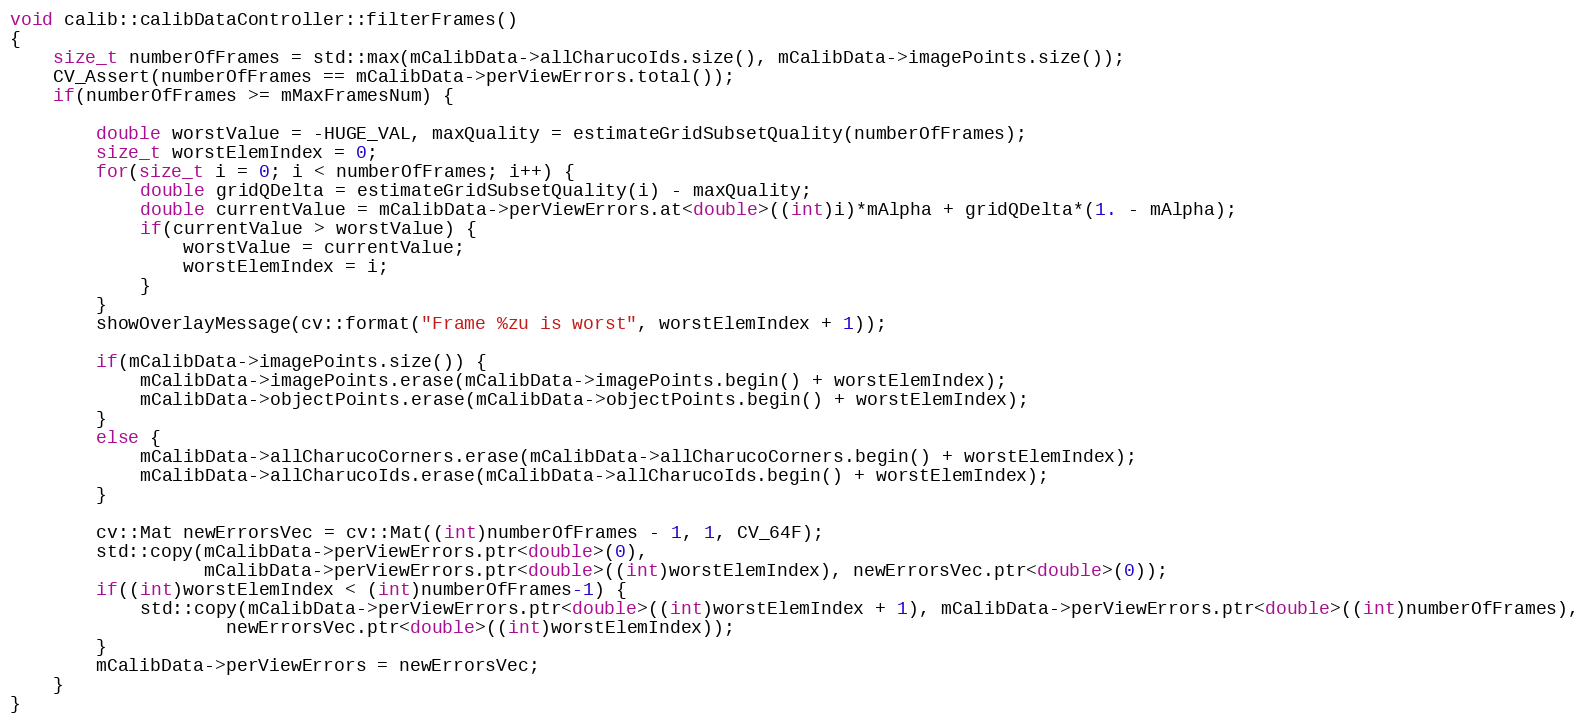
Language: C++
void calib::calibDataController::filterFrames()
{
    size_t numberOfFrames = std::max(mCalibData->allCharucoIds.size(), mCalibData->imagePoints.size());
    CV_Assert(numberOfFrames == mCalibData->perViewErrors.total());
    if(numberOfFrames >= mMaxFramesNum) {

        double worstValue = -HUGE_VAL, maxQuality = estimateGridSubsetQuality(numberOfFrames);
        size_t worstElemIndex = 0;
        for(size_t i = 0; i < numberOfFrames; i++) {
            double gridQDelta = estimateGridSubsetQuality(i) - maxQuality;
            double currentValue = mCalibData->perViewErrors.at<double>((int)i)*mAlpha + gridQDelta*(1. - mAlpha);
            if(currentValue > worstValue) {
                worstValue = currentValue;
                worstElemIndex = i;
            }
        }
        showOverlayMessage(cv::format("Frame %zu is worst", worstElemIndex + 1));

        if(mCalibData->imagePoints.size()) {
            mCalibData->imagePoints.erase(mCalibData->imagePoints.begin() + worstElemIndex);
            mCalibData->objectPoints.erase(mCalibData->objectPoints.begin() + worstElemIndex);
        }
        else {
            mCalibData->allCharucoCorners.erase(mCalibData->allCharucoCorners.begin() + worstElemIndex);
            mCalibData->allCharucoIds.erase(mCalibData->allCharucoIds.begin() + worstElemIndex);
        }

        cv::Mat newErrorsVec = cv::Mat((int)numberOfFrames - 1, 1, CV_64F);
        std::copy(mCalibData->perViewErrors.ptr<double>(0),
                  mCalibData->perViewErrors.ptr<double>((int)worstElemIndex), newErrorsVec.ptr<double>(0));
        if((int)worstElemIndex < (int)numberOfFrames-1) {
            std::copy(mCalibData->perViewErrors.ptr<double>((int)worstElemIndex + 1), mCalibData->perViewErrors.ptr<double>((int)numberOfFrames),
                    newErrorsVec.ptr<double>((int)worstElemIndex));
        }
        mCalibData->perViewErrors = newErrorsVec;
    }
}